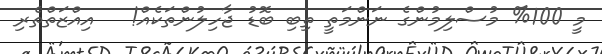
މީ 100% މުސްލިމުންގެ ނަންމަތީ ތިބި ބޮޑު ޖާހިލުންތަކެއް!   އިއްޒަތްތެރި